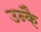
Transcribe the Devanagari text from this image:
उन्कै